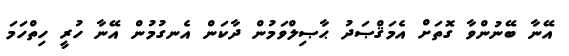
އޭނާ ބޭނުންވާ ގޮތަށް އެމަޤްޞަދު ޙާޞިލްވަމުން ދާކަން އެނގުމުން އޭނާ ހުރީ ހިތްހަމަ